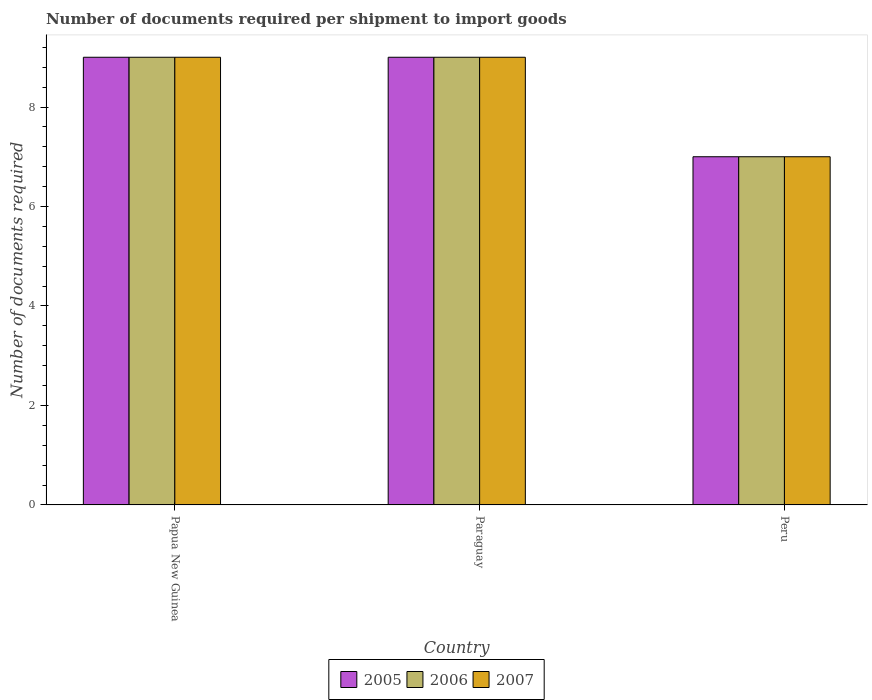
| Country | 2005 | 2006 | 2007 |
 | --- | --- | --- | --- |
 | Papua New Guinea | 9 | 9 | 9 |
 | Paraguay | 9 | 9 | 9 |
 | Peru | 7 | 7 | 7 |